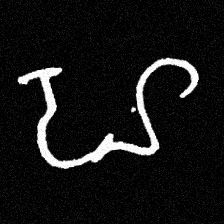
Pyu character \u2014 Myanmar letter: ဟ (romanized: ha)